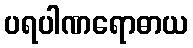
ပရပါဏရောဓာယ